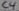
Text: C4